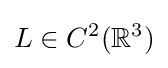
L\in C^{2}(\mathbb {R} ^{3})